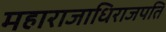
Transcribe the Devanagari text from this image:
महाराजाधिराजपति